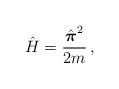
LaTeX: \begin{align*} {\hat H}={\hat{\mbox{\boldmath $ \pi$}}^2\over{2m}}\,,\end{align*}